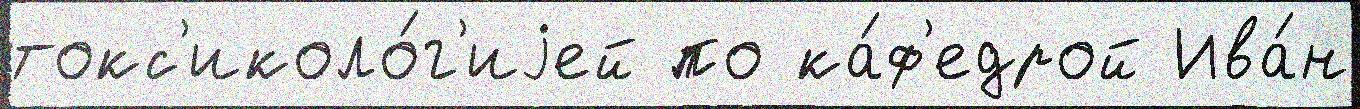
токс'иколо́г'иjей по ка́ф'едрой Ива́н